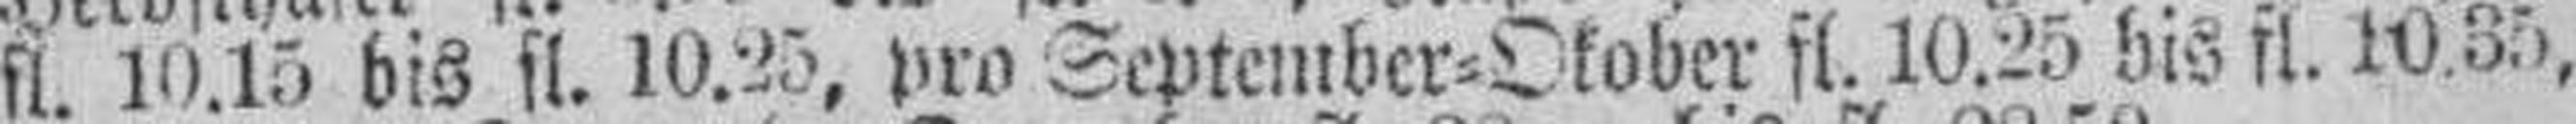
fl. 10.15 bis fl. 10.25, pro September=Okober fl. 10.25 bis fl. 10.35,